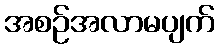
အစဉ်အလာမပျက်